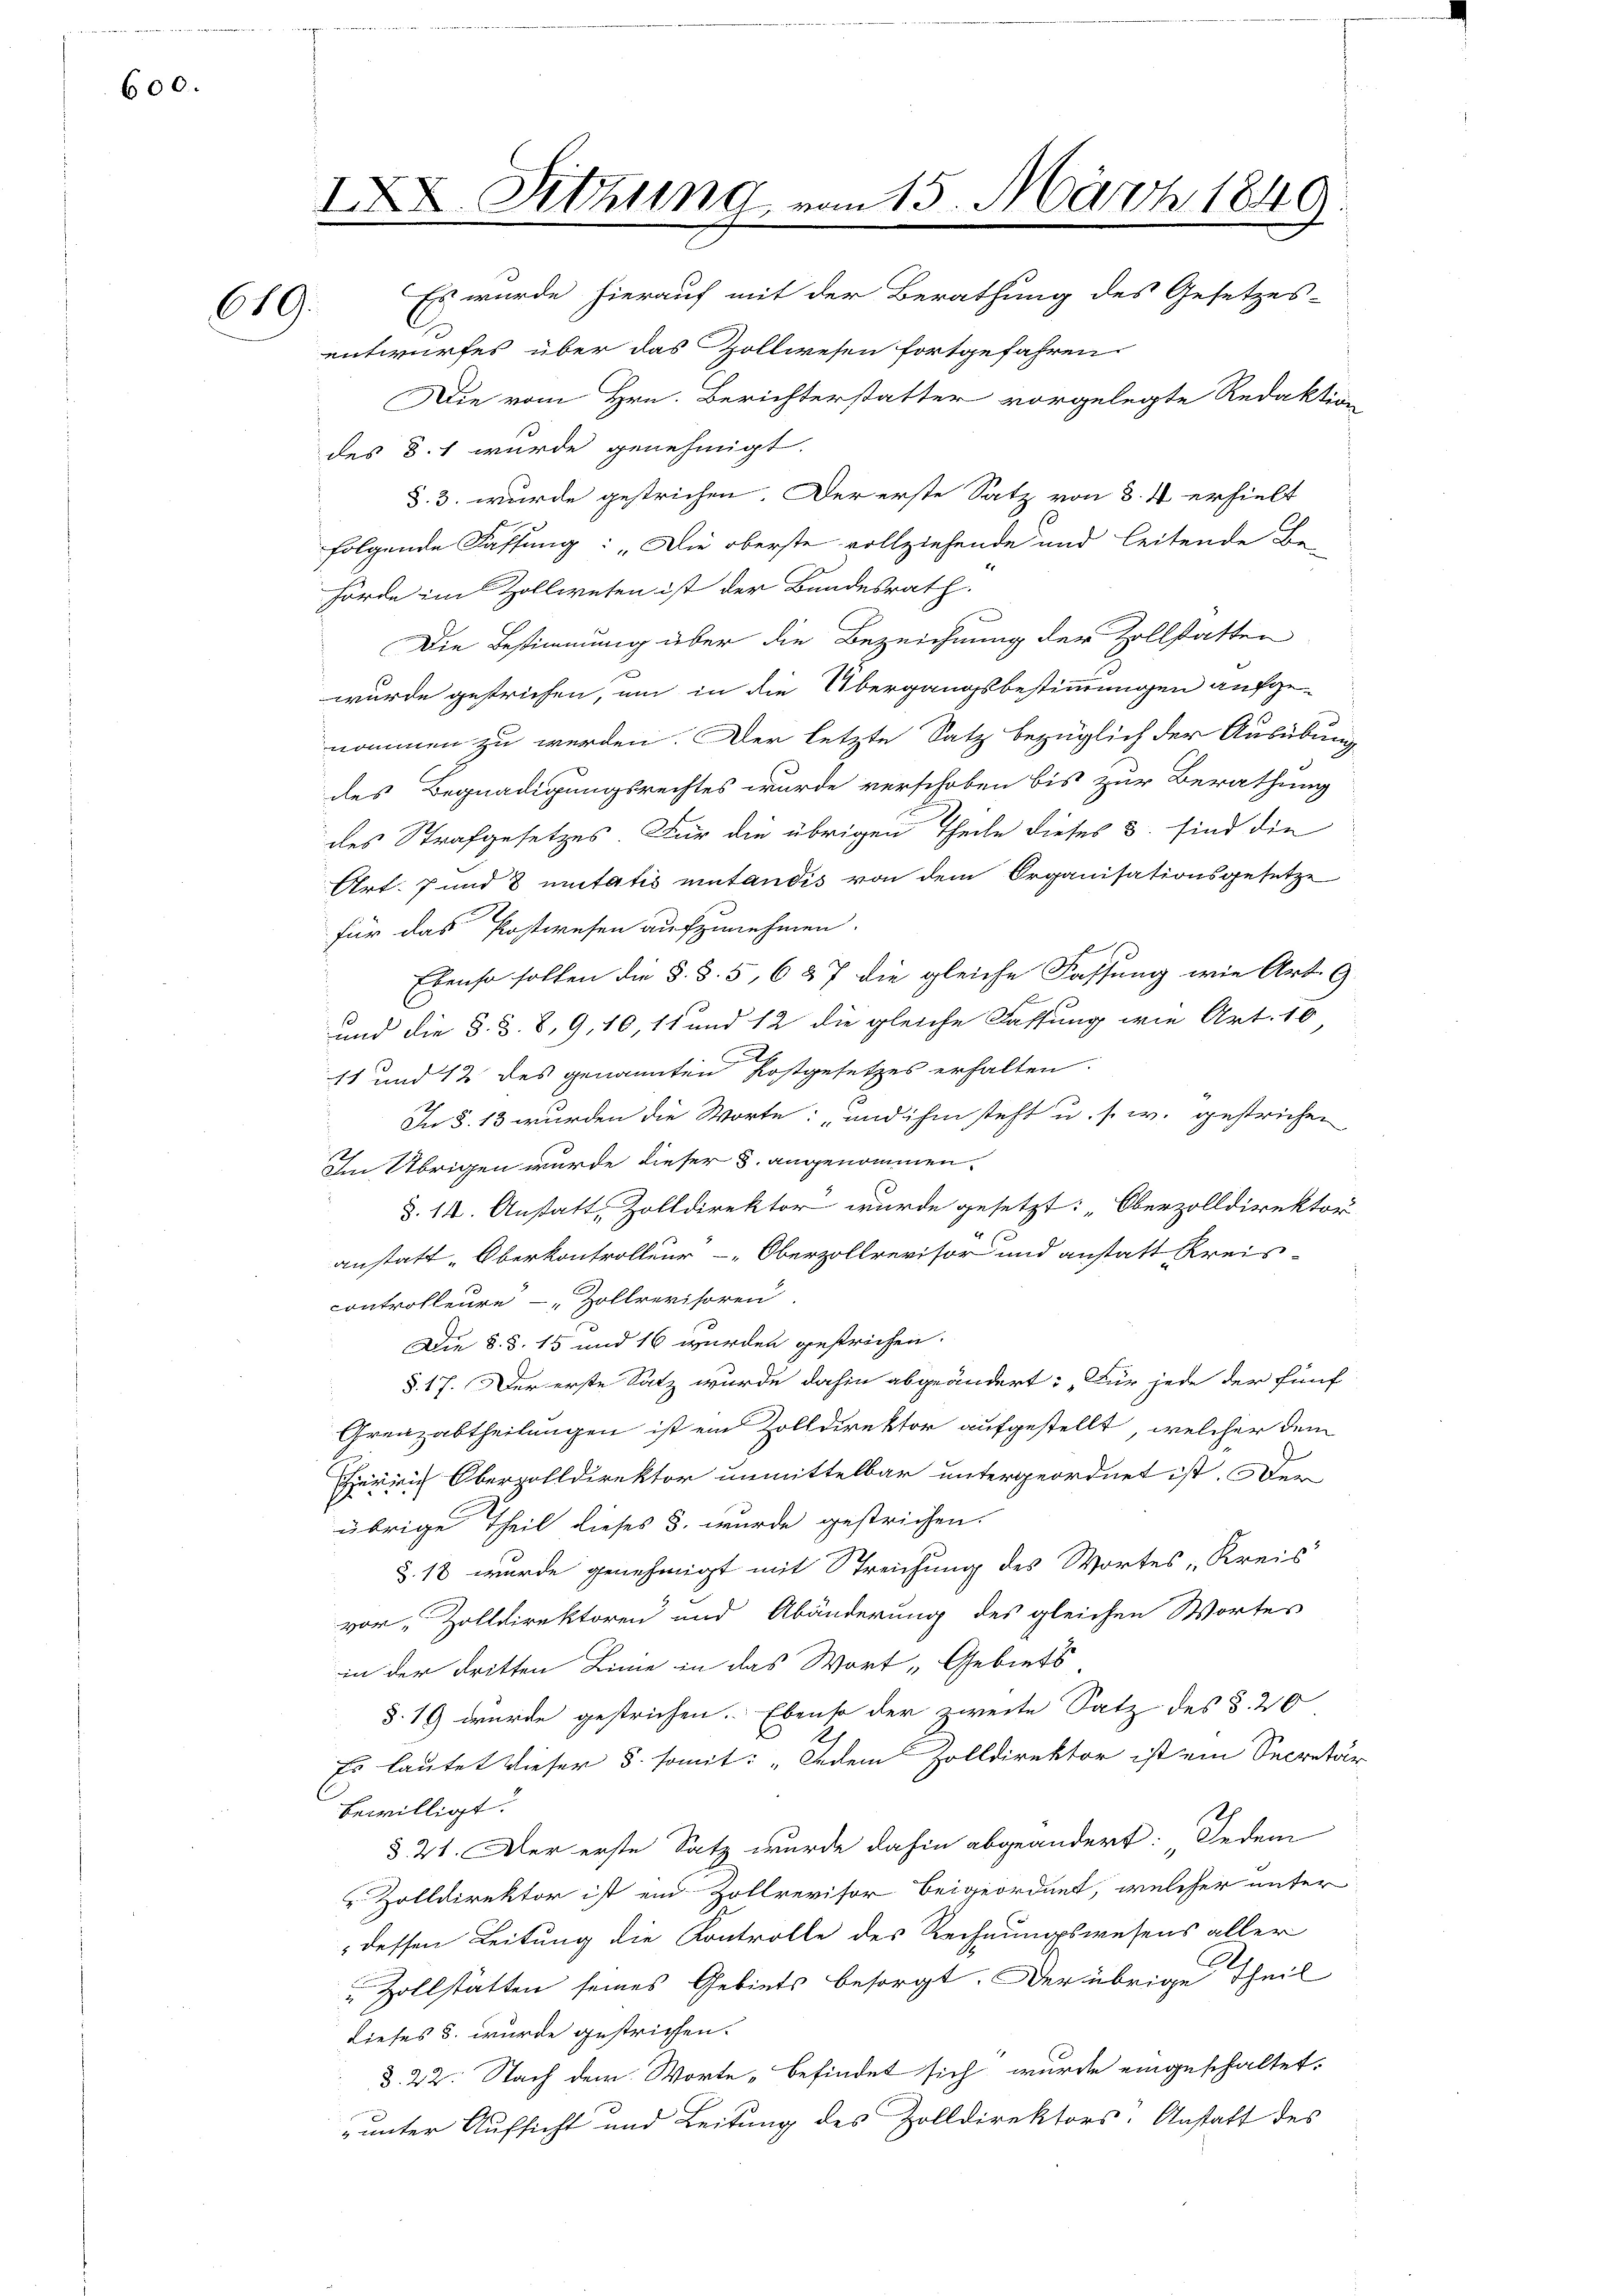
600.

619.

IXX. Sitzung von 15. März 1840
Es wurde hierauf mit der Berathung des Gesetzes-

entwurfes über das Zollwesen fortgefahren.
Die vom Hrn. Berichterstatter vorgelegte Redaktion
des §. 1 wurde genehmigt.
§. 3. wurde gestrichen. Der erste Satz von 3. 4 erhielt
folgende Fassung: „Die oberste vollziehende und leitende Be-
hörde im Zollwesen ist der Bundesrath.
Die Bestimmung über die Bezeichnung der Zollstatten
2
wurde gestrichen, um in die Übergangsbestimmungen aufgenommen zu werden. Der letzte Satz bezüglich der Ausübung
des Begnadigungsrechtes wurde verschoben bis zur Berathung
des Strafgesetzes. Für die übrigen Theile dieses 3. sind die
Art. 7 und 8 unitatis miutandis von dem Organisationsgesetze
für das Postwesen aufzunehmen.
Ebenso sollen die §. §. 5, 6 § 7 die gleiche Fassung wie Art. E
und die §. 3. 8, 9, 10, 11 und 12 die gleiche Fassung wie Art. 16
11 und 12 des genannten Kostgesetzes erhalten.
In §. 13 wurden die Worte: und ihm steht u. s. w. gestrichen
Im Übrigen wurde dieser §. angenommen.
§.14. Anstatt, Zolldirektor wurde gesetzt: „Oberzolldirektor
anstatt-Oberkontrolleur-Oberzollrevisor und anstatt Kreis-
controlleure - „Zollrevisoren
Die §. §. 15 und 16 wurden gestrichen.
§. 17. Der erste Satz wurde dahin abgeändert: „Für jede der fünf
Greazabtheilungen ist ein Zolldirektor aufgestellt, welcher den
errich Oberzolldirektor unmittelbar untergeordnet ist. Der
übrige Theil dieses §. wurde gestrichen.
§. 18 wurde genehmigt mit Streichung des Wortes Kreis
vor Zolldirektoren und Abänderung des gleichen Wortes
in der dritten Linie in das Wort „Gebiets
§. 19 wurde gestrichen. Ebenso der zweite Satz des §. 20
Es lautet dieser 5. somit: „Jedem Zolldirektor ist ein Secretär
bewilligt.
§ 21. Der erste Satz wurde dahin abgeändert: Jedem
 Zolldirektor ist ein Hollrevisor beigeordnet, welcher unter
dessen Leitung die Kontrolle des Rechnungswesens aller
C
Zollstätten seines Gebiets besorgt. Der übrige Theil
dieses s. wurde gestrichen.
d. 22. Nach dem Worte „befindet sich wurde eingeschaltet.
 unter Aufsicht und Leitung des Zolldirektors. Anstatt des